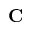
\mathbf { C }